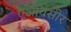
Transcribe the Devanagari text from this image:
एआयसीर